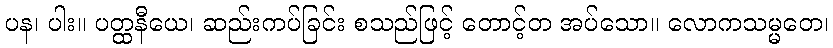
ပန၊ ပါး။ ပတ္ထနီယေ၊ ဆည်းကပ်ခြင်း စသည်ဖြင့် တောင့်တ အပ်သော။ လောကသမ္မတေ၊